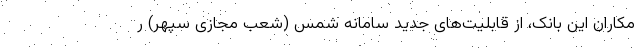
مکاران این بانک، از قابلیت‌های جدید سامانه شمس (شعب مجازی سپهر) ر